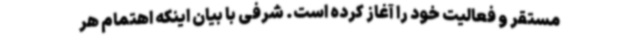
مستقر و فعالیت خود را آغاز کرده است. شرفی با بیان اینکه اهتمام هر